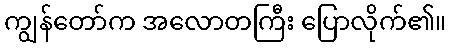
ကျွန်တော်က အလောတကြီး ပြောလိုက်၏။